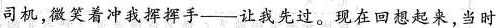
司机，微笑着冲我挥挥手--让我先过。现在回想起来，当时